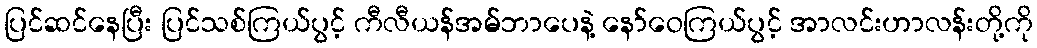
ပြင်ဆင်နေပြီး ပြင်သစ်ကြယ်ပွင့် ကီလီယန်အမ်ဘာပေနဲ့ နော်ဝေကြယ်ပွင့် အာလင်းဟာလန်းတို့ကို